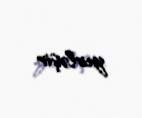
yerləşir.